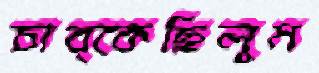
চাব্‌কেছিলুম